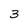
Character: 3